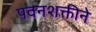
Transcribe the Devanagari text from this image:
पवनशक्तीने